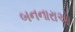
બનનારાઓ